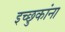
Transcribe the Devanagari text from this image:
इच्छुकांना